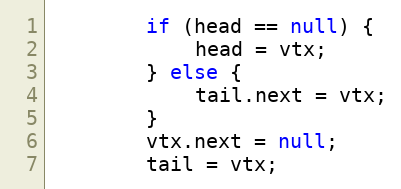
Language: Java
        if (head == null) {
            head = vtx;
        } else {
            tail.next = vtx;
        }
        vtx.next = null;
        tail = vtx;